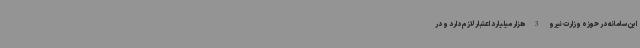
این سامانه در حوزه وزارت نیرو 3 هزار میلیارد اعتبار لازم دارد و در